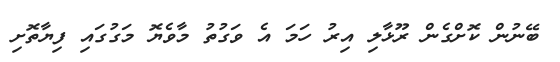
ބޭނުން ކޮށްގެން ރޫޅާލި އިރު ހަމަ އެ ވަގުތު މާވެޔޮ މަގުގައި ފިޔާތޮށި